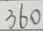
3 6 0